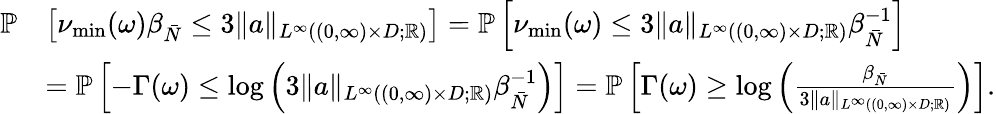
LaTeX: \begin{array}{rl}{\mathbb{P}}&{\left[\nu_{\operatorname*{min}}(\omega)\beta_{\bar{N}}\leq 3\| a\| _{L^{\infty}((0,\infty)\times D;\mathbb{R})}\right]=\mathbb{P}\left[\nu_{\operatorname*{min}}(\omega)\leq 3\| a\| _{L^{\infty}((0,\infty)\times D;\mathbb{R})}\beta_{\bar{N}}^{-1}\right]}\\ &{=\mathbb{P}\left[-\Gamma(\omega)\leq\log\left(3\| a\| _{L^{\infty}((0,\infty)\times D;\mathbb{R})}\beta_{\bar{N}}^{-1}\right)\right]=\mathbb{P}\left[\Gamma(\omega)\geq\log\left(\frac{\beta_{\bar{N}}}{3\| a\| _{L^{\infty}((0,\infty)\times D;\mathbb{R})}}\right)\right].}\end{array}